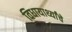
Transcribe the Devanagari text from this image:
विधायार्थ्यांचे